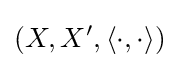
(X,X',\langle \cdot ,\cdot \rangle )